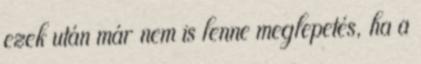
ezek után már nem is lenne meglepetés, ha a